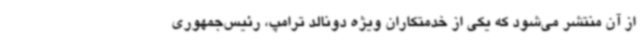
از آن منتشر می‌شود که یکی از خدمتکاران ویژه دونالد ترامپ، رئیس‌جمهوری